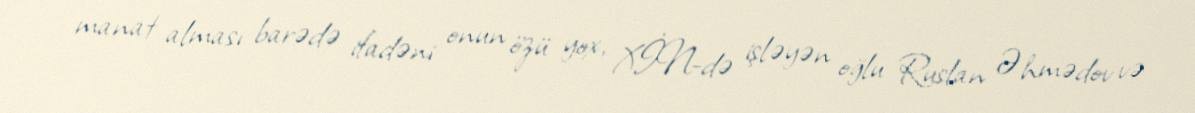
manat alması barədə ifadəni onun özü yox, XİN-də işləyən oğlu Ruslan Əhmədov və